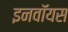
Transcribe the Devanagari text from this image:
इनवॉयस